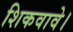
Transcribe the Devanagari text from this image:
शिकवावे।